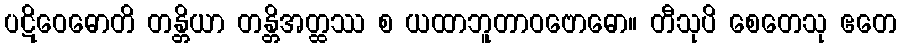
ပဋိဝေဓောတိ တန္တိယာ တန္တိအတ္ထဿ စ ယထာဘူတာဝဗောဓော။ တီသုပိ စေတေသု ဧတေ